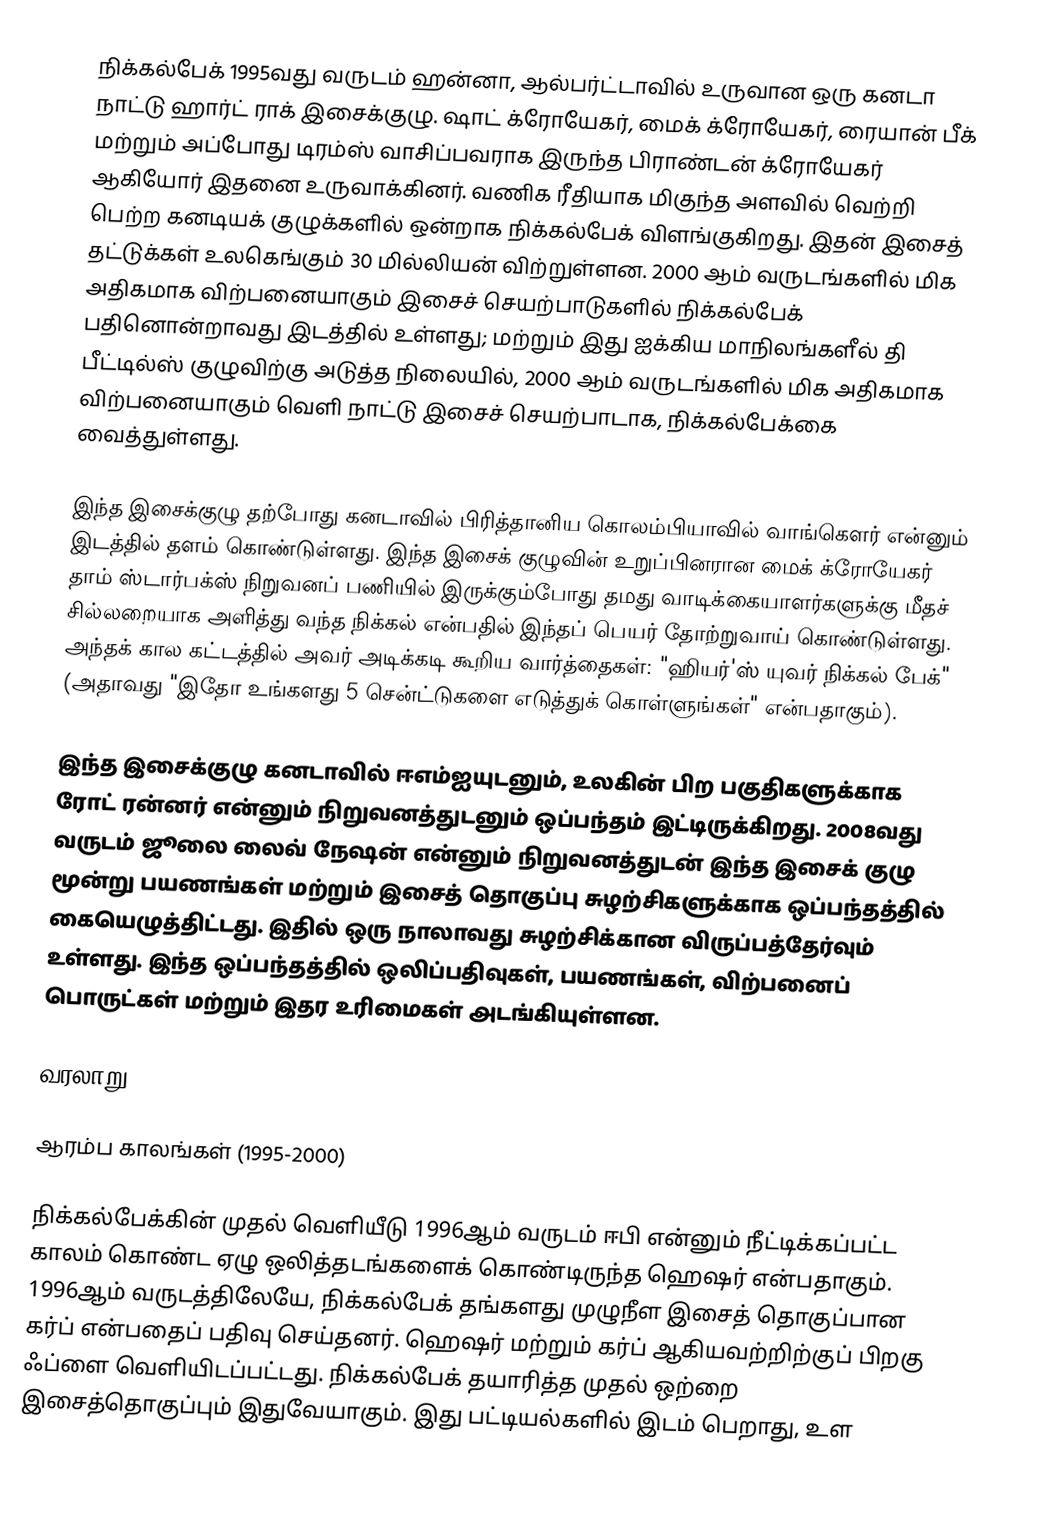
நிக்கல்பேக் 1995வது வருடம் ஹன்னா, ஆல்பர்ட்டாவில் உருவான ஒரு கனடா நாட்டு ஹார்ட் ராக் இசைக்குழு. ஷாட் க்ரோயேகர், மைக் க்ரோயேகர், ரையான் பீக் மற்றும் அப்போது டிரம்ஸ் வாசிப்பவராக இருந்த பிராண்டன் க்ரோயேகர் ஆகியோர் இதனை உருவாக்கினர். வணிக ரீதியாக மிகுந்த அளவில் வெற்றி பெற்ற கனடியக் குழுக்களில் ஒன்றாக நிக்கல்பேக் விளங்குகிறது. இதன் இசைத் தட்டுக்கள் உலகெங்கும் 30 மில்லியன் விற்றுள்ளன. 2000 ஆம் வருடங்களில் மிக அதிகமாக விற்பனையாகும் இசைச் செயற்பாடுகளில் நிக்கல்பேக் பதினொன்றாவது இடத்தில் உள்ளது; மற்றும் இது ஐக்கிய மாநிலங்களீல் தி பீட்டில்ஸ் குழுவிற்கு அடுத்த நிலையில், 2000 ஆம் வருடங்களில் மிக அதிகமாக விற்பனையாகும் வெளி நாட்டு இசைச் செயற்பாடாக, நிக்கல்பேக்கை வைத்துள்ளது.

இந்த இசைக்குழு தற்போது கனடாவில் பிரித்தானிய கொலம்பியாவில் வாங்கௌர் என்னும் இடத்தில் தளம் கொண்டுள்ளது. இந்த இசைக் குழுவின் உறுப்பினரான மைக் க்ரோயேகர் தாம் ஸ்டார்பக்ஸ் நிறுவனப் பணியில் இருக்கும்போது தமது வாடிக்கையாளர்களுக்கு மீதச் சில்லறையாக அளித்து வந்த நிக்கல் என்பதில் இந்தப் பெயர் தோற்றுவாய் கொண்டுள்ளது. அந்தக் கால கட்டத்தில் அவர் அடிக்கடி கூறிய வார்த்தைகள்: "ஹியர்'ஸ் யுவர் நிக்கல் பேக்" (அதாவது "இதோ உங்களது 5 சென்ட்டுகளை எடுத்துக் கொள்ளுங்கள்" என்பதாகும்).

இந்த இசைக்குழு கனடாவில் ஈஎம்ஐயுடனும், உலகின் பிற பகுதிகளுக்காக ரோட் ரன்னர் என்னும் நிறுவனத்துடனும் ஒப்பந்தம் இட்டிருக்கிறது. 2008வது வருடம் ஜூலை லைவ் நேஷன் என்னும் நிறுவனத்துடன் இந்த இசைக் குழு மூன்று பயணங்கள் மற்றும் இசைத் தொகுப்பு சுழற்சிகளுக்காக ஒப்பந்தத்தில் கையெழுத்திட்டது. இதில் ஒரு நாலாவது சுழற்சிக்கான விருப்பத்தேர்வும் உள்ளது. இந்த ஒப்பந்தத்தில் ஒலிப்பதிவுகள், பயணங்கள், விற்பனைப் பொருட்கள் மற்றும் இதர உரிமைகள் அடங்கியுள்ளன.

வரலாறு

ஆரம்ப காலங்கள் (1995-2000)

நிக்கல்பேக்கின் முதல் வெளியீடு 1996ஆம் வருடம் ஈபி என்னும் நீட்டிக்கப்பட்ட காலம் கொண்ட ஏழு ஒலித்தடங்களைக் கொண்டிருந்த ஹெஷர் என்பதாகும். 1996ஆம் வருடத்திலேயே, நிக்கல்பேக் தங்களது முழுநீள இசைத் தொகுப்பான கர்ப் என்பதைப் பதிவு செய்தனர். ஹெஷர் மற்றும் கர்ப் ஆகியவற்றிற்குப் பிறகு ஃப்ளை வெளியிடப்பட்டது. நிக்கல்பேக் தயாரித்த முதல் ஒற்றை இசைத்தொகுப்பும் இதுவேயாகும். இது பட்டியல்களில் இடம் பெறாது, உள